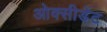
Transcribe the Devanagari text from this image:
ओक्सीडेंट